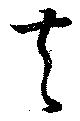
夫